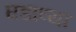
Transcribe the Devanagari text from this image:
घडाव्या